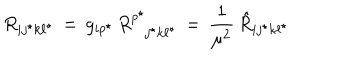
R _ { i j ^ { \star } k \ell ^ { \star } } \, = \, g _ { i p ^ { \star } } \, R _ { \phantom { p ^ { \star } } j ^ { \star } k \ell ^ { \star } } ^ { p ^ { \star } } \, = \, { \frac { 1 } { \mu ^ { 2 } } } \, { \hat { R } } _ { i j ^ { \star } k \ell ^ { \star } }